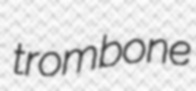
trombone